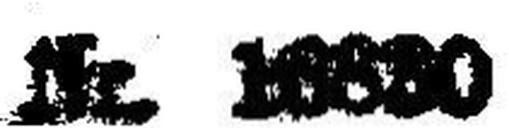
Nr. 16830